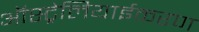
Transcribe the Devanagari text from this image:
ऑस्ट्रेलियाईकरण